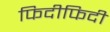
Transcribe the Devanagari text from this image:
फिदीफिदी